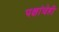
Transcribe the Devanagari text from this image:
पक्षांचेही